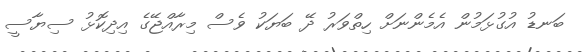
ބަނޑު އުގުޅަމުން އެމެންނަށް ހިތްވަރު ދޭ ބަޔަކު ވެސް މިރާއްޖޭގެ އިދިކޮޅު ސިޔާސީ